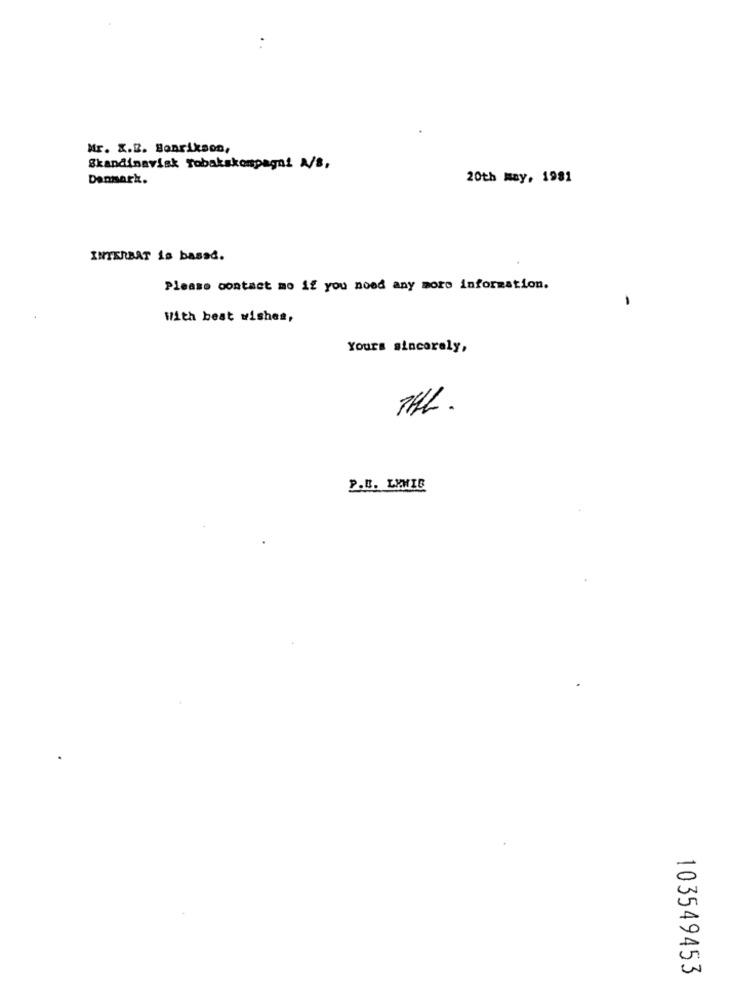
Mr. X.2. Bonrikson,
Skandinavisk Tobakskompagni A/s,
Danmark.
20th may, 1981
INTERBAT is based.
Please contact mo if you nood any more information.
With best wishes,
Yours sincerely,
P.B. LYMIG
103549453